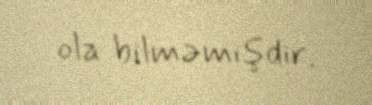
ola bilməmişdir.